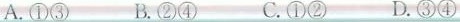
A.①③ B.②④ C.①② D.③④